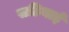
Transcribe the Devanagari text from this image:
सठियाई